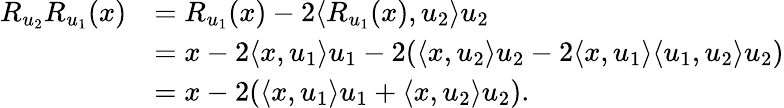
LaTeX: \begin{array}{rl}{R_{u_{2}}R_{u_{1}}(x)}&{=R_{u_{1}}(x)-2\langle R_{u_{1}}(x),u_{2}\rangle u_{2}}\\ &{=x-2\langle x,u_{1}\rangle u_{1}-2(\langle x,u_{2}\rangle u_{2}-2\langle x,u_{1}\rangle\langle u_{1},u_{2}\rangle u_{2})}\\ &{=x-2(\langle x,u_{1}\rangle u_{1}+\langle x,u_{2}\rangle u_{2}).}\end{array}